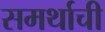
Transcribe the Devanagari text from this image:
समर्थाची